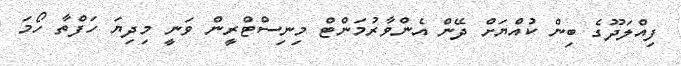
ފިއްލަދޫގެ ބިން ކުއްޔަށް ދޭން އެންވާރުމަންޓް މިނިސްޓްރީން ވަނީ މިދިޔަ ހަފްތާ ހޯމަ